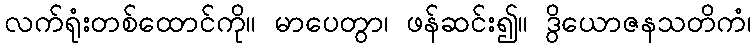
လက်ရုံးတစ်ထောင်ကို။ မာပေတွာ၊ ဖန်ဆင်း၍။ ဒွိယောဇနသတိကံ၊